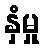
နှံမှု